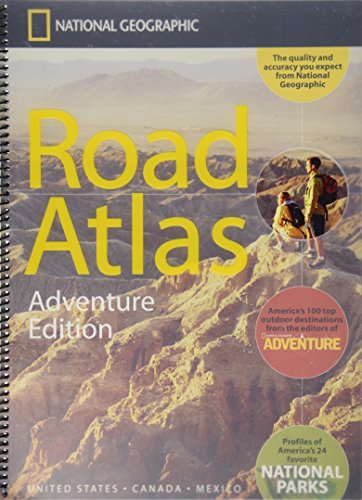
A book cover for National Geographic Road Atlas, Adventure Edition; National Geographic; Science & Math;